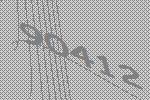
90412